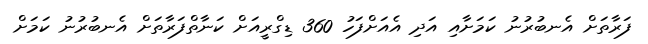
ފަރާތަށް އެނބުރުނު ކަމަށާއި އަދި އެއަށްފަހު 360 ޑިގްރީއަށް ކަނާތްފަރާތަށް އެނބުރުނު ކަމަށް